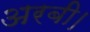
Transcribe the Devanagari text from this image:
अरबी।